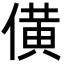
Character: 僙